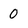
Character: 0